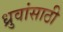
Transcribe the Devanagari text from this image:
ध्रुवांसाठी